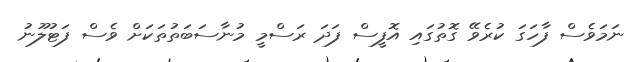
ނަމަވެސް ފާހަގަ ކުރެވޭ ގޮތުގައި އޮފީސް ފަދަ ރަސްމީ މުނާސަބަތުތަކަށް ވެސް ފަޓުލޫނު